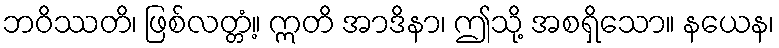
ဘဝိဿတိ၊ ဖြစ်လတ္တံ့။ ဣတိ အာဒိနာ၊ ဤသို့ အစရှိသော။ နယေန၊